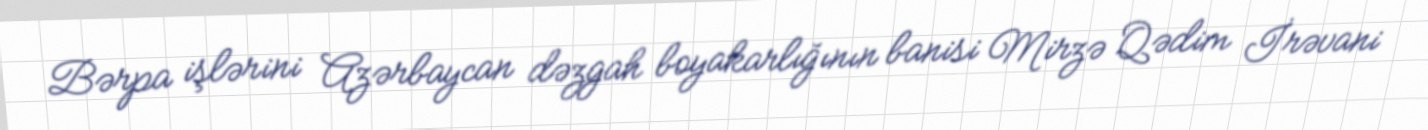
Bərpa işlərini Azərbaycan dəzgah boyakarlığının banisi Mirzə Qədim İrəvani